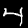
Label: 4